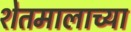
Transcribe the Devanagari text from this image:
शेतमालाच्या